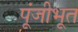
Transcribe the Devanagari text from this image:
पूंजीभूत